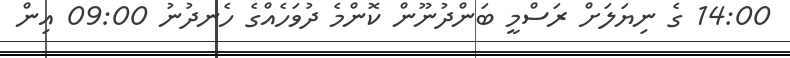
14:00 ގެ ނިޔަލަށް ރަސްމީ ބަންދުނޫން ކޮންމެ ދުވަހެއްގެ ހެނދުނު 09:00 އިން